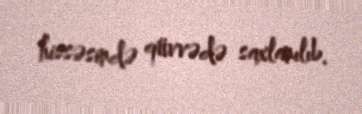
hissəsində qüvvədə saxlanılıb.